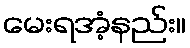
မေးရအံ့နည်း။